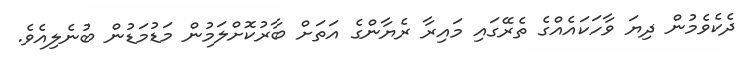
ދެކެވެމުން ދިޔަ ވާހަކައެއްގެ ތެރޭގައި މައިރާ ރެޔާންގެ އަތަށް ބާރުކޮށްލަމުން މަޑުމަޑުން ބުނެލިއެވެ.